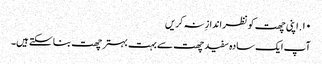
۱۰. اپنی چھت کو نظر اندازِ نہ کریں
آپ ایک سادہ سفید چھت سے بہت بہتر چھت بنا سکتے ہیں۔